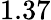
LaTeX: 1.37